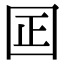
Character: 囸